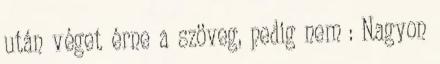
után véget érne a szöveg, pedig nem : Nagyon